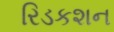
રિડકશન